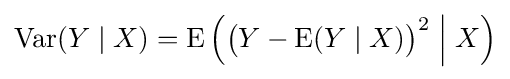
\operatorname {Var} (Y\mid X)=\operatorname {E} {\Big (}{\big (}Y-\operatorname {E} (Y\mid X){\big )}^{2}\;{\Big |}\;X{\Big )}